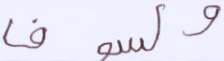
ولسوف